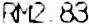
RM2.83